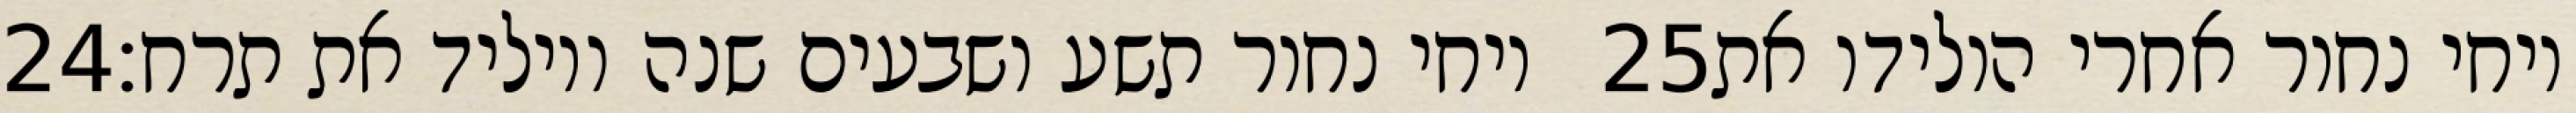
‎24‏ ויחי נחור תשע ושבעים שנה ויוליד את תרח׃ ‎25‏ ויחי נחור אחרי הולידו את